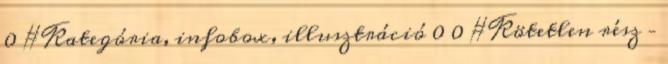
0 #Kategória, infobox, illusztráció 0 0 #Kötetlen rész –